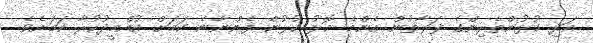
އަދި ކުޅުންތެރިންގެ ފަރާތުން އެންމެ މޮޅު ކުޅުން ފެންނާނެ ކަމަށް އުއްމީދުކުރާ ކަމަށެވެ.